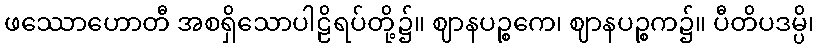
ဖဿောဟောတီ အစရှိသောပါဠိရပ်တို့၌။ ဈာနပဉ္စကေ၊ ဈာနပဉ္စက၌။ ပီတိပဒမ္ပိ၊